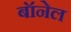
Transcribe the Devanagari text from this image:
बॉनेल